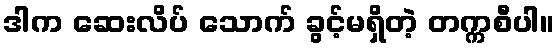
ဒါက ဆေးလိပ် သောက် ခွင့်မရှိတဲ့ တက္ကစီပါ။